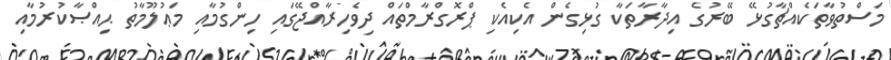
މަސްތުވާތަކެއްޗާގުޅޭ ބޭރުގެ އިދާރާތަކާ ގުޅިގެން އެކިއެކި ޕްރޮގްރާމްތައް ދިވެހިރާއްޖޭގައި ހިންގުމާއި މަޢުލޫމާތު ޙިއްޞާކުރުމާއި